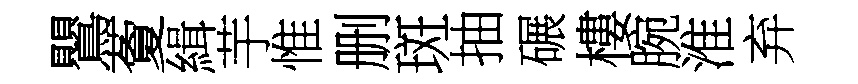
鸎藑緝芋惟删斑抽碾樓腕淮弃